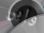
وإبن